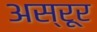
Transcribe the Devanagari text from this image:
अस्रूर